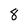
Character: 8